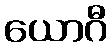
ယောဂီ